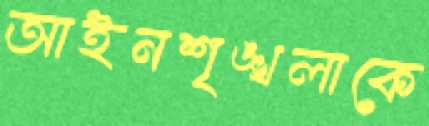
আইনশৃঙ্খলাকে